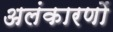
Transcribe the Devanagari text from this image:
अलंकारणों